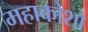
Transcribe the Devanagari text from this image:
महाकोशो